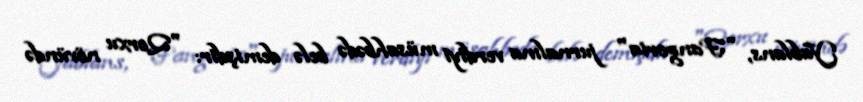
Yablans, "Fangoria" jurnalına verdiyi müsahbədə belə demişdir: "Qorxu növündə